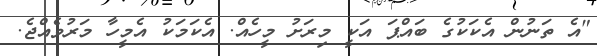
"އެ ތަނުން އެކަކުގެ ބައްޕަ އަކީ މިރަށު މީހެއް. އެކަމަކު އެމީހާ މަރުވެއްޖެ.